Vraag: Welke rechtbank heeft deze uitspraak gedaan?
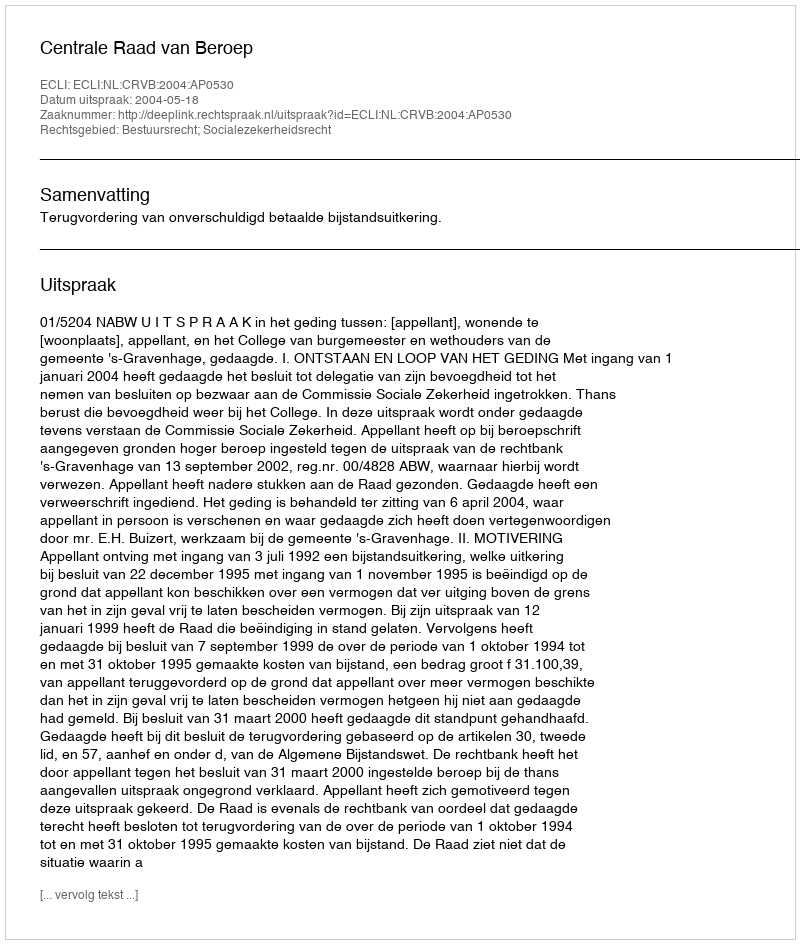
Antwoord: Centrale Raad van Beroep